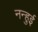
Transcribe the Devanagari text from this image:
नन्हुई